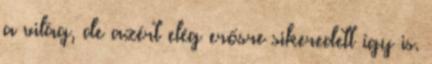
a világ, de azért elég erősre sikeredett így is.